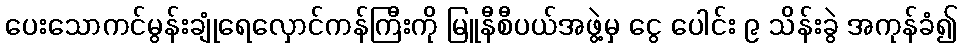
ပေးသောကင်မွန်းချုံရေလှောင်ကန်ကြီးကို မြူနီစီပယ်အဖွဲ့မှ ငွေ ပေါင်း ၉ သိန်းခွဲ အကုန်ခံ၍